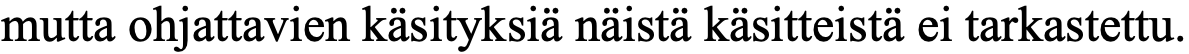
mutta ohjattavien käsityksiä näistä käsitteistä ei tarkastettu.